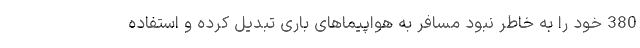
380 خود را به خاطر نبود مسافر به هواپیماهای باری تبدیل کرده و استفاده